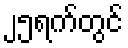
၂၅ရက်တွင်